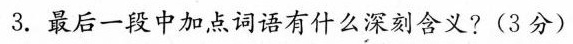
3.最后一段中加点词语有什么深刻含义?(3分)